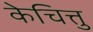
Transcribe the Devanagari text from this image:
केचित्तु